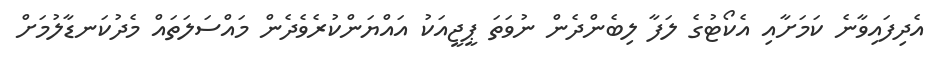
އެދިފައިވާނެ ކަމަށާއި އެކޯޓުގެ ލަފާ ލިބެންދެން ނުވަތަ ޕީޖީއަކު އައްޔަންކުރެވެދެން މައްސަލަތައް މެދުކަނޑާލުމަށް